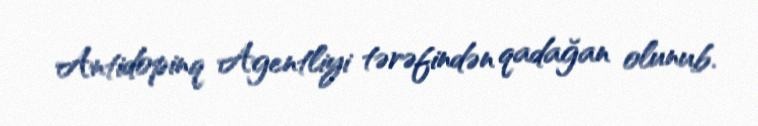
Antidopinq Agentliyi tərəfindən qadağan olunub.